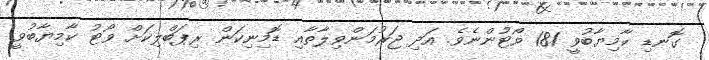
ގޮނޑި ކާމިޔާބުވީ 181 ވޯޓުންނެވެ. އަދި ޖަރުމަންވިލާތާއި ޑޮމިނިކަން ރިޕަބްލިކަށް ވޯޓު ކާމިޔާބުވީ